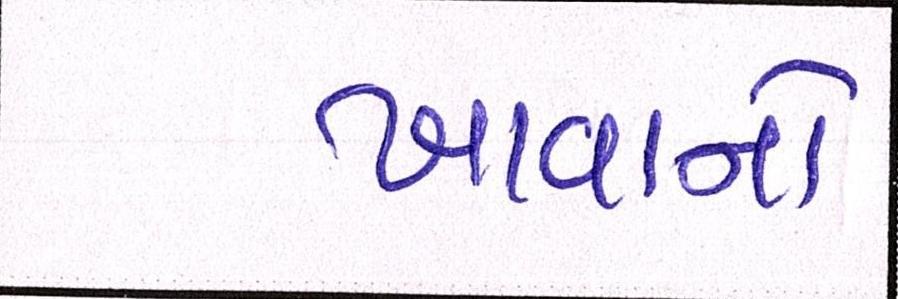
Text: ખાવાનો